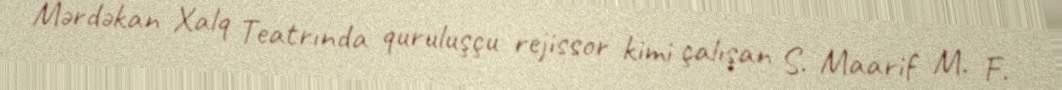
Mərdəkan Xalq Teatrında quruluşçu rejissor kimi çalışan S. Maarif M. F.